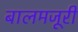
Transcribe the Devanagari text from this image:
बालमजूरी